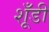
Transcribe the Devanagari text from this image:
शूँडी